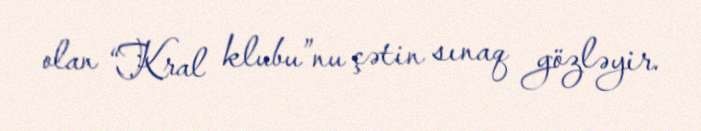
olan “Kral klubu”nu çətin sınaq gözləyir.